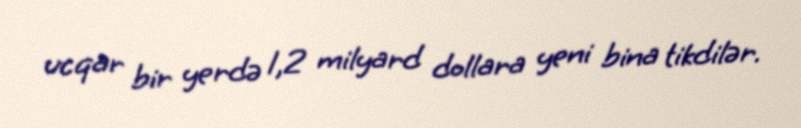
ucqar bir yerdə 1,2 milyard dollara yeni bina tikdilər.